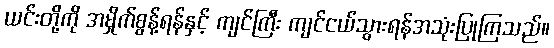
ယင်းတို့ကို အမှိုက်စွန့်ရန်နှင့် ကျင်ကြီး ကျင်ငယ်သွားရန်အသုံးပြုကြသည်။